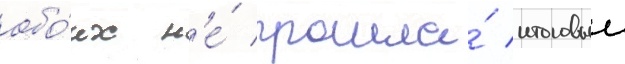
обо́их н'е́ прошла́ итоговыи